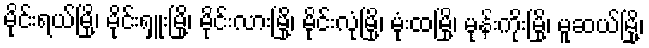
မိုင်းရယ်မြို့၊ မိုင်းရှူးမြို့၊ မိုင်းလားမြို့၊ မိုင်းလုံမြို့၊ မုံးထမြို့၊ မုန်းကိုးမြို့၊ မူဆယ်မြို့၊